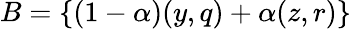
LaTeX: B=\{ (1-\alpha)(y,q)+\alpha(z,r)\}